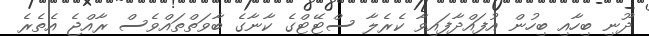
ދޫނި ބިހާއި ބިހުން އުފައްދާފައިވާ ކެރެލާ ސްޓޭޓްގެ ކާނާގެ ބާވަތްތައްވެސް ރާއްޖެ އެތެރެ